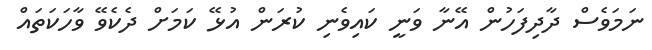
ނަމަވެސް ދާދިފަހުން އޭނާ ވަނީ ކައިވެނި ކުރަން އުޅޭ ކަމަށް ދެކެވޭ ވާހަކަތައް